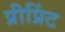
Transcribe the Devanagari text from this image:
प्रीप्रिंट